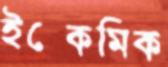
ইস্কেমিক